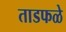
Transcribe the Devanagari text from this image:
ताडफळे